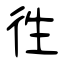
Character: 徃